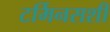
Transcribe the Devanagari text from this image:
टर्मिनसशी